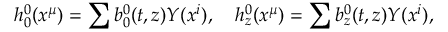
{ h _ { 0 } ^ { 0 } } ( x ^ { \mu } ) = \sum { b _ { 0 } ^ { 0 } } ( t , z ) Y ( x ^ { i } ) , \quad { h _ { z } ^ { 0 } } ( x ^ { \mu } ) = \sum { b _ { z } ^ { 0 } } ( t , z ) Y ( x ^ { i } ) ,